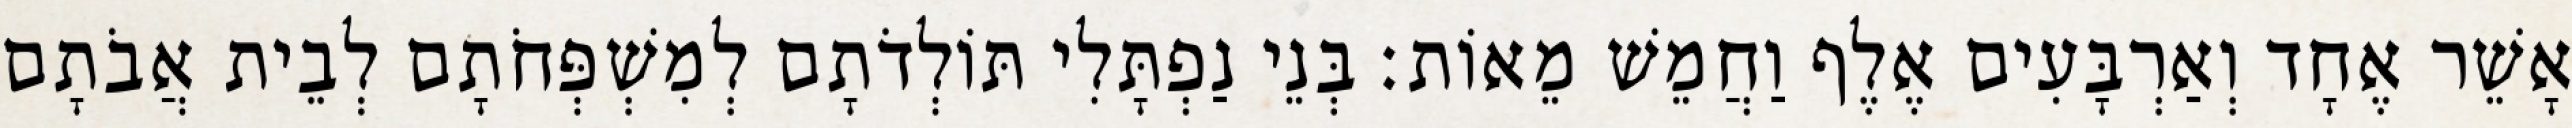
אָשֵׁר אֶחָד וְאַרְבָּעִים אֶלֶף וַחֲמֵשׁ מֵאוֹת׃ בְּנֵי נַפְתָּלִי תּוֹלְדֹתָם לְמִשְׁפְּחֹתָם לְבֵית אֲבֹתָם